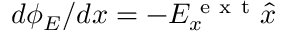
d \phi _ { E } / d x = - E _ { x } ^ { \mathrm { ~ e ~ x ~ t ~ } } \hat { x }